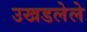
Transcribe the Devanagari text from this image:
उखडलेले